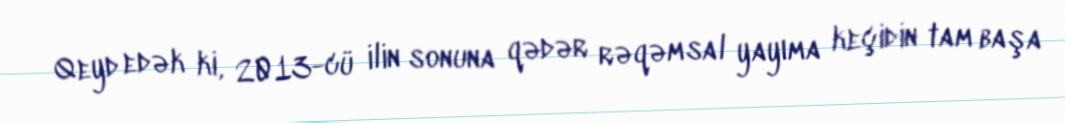
Qeyd edək ki, 2013-cü ilin sonuna qədər rəqəmsal yayıma keçidin tam başa